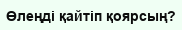
Өлеңді қайтіп қоярсың?